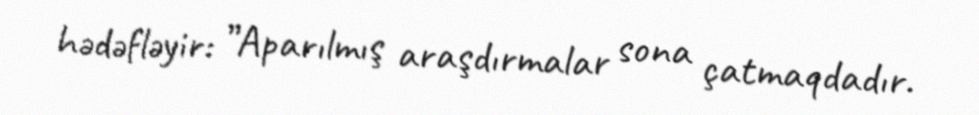
hədəfləyir: ”Aparılmış araşdırmalar sona çatmaqdadır.